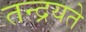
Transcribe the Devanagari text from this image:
तन्द्रयते